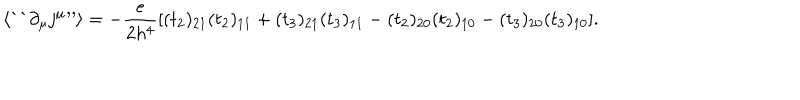
\langle \mathrm { ` ` } \partial _ { \mu } j ^ { \mu } \mathrm { ' ^ { \prime } } \rangle = - { \frac { e } { 2 h ^ { 4 } } } [ ( t _ { 2 } ) _ { 2 1 } ( t _ { 2 } ) _ { 1 1 } + ( t _ { 3 } ) _ { 2 1 } ( t _ { 3 } ) _ { 1 1 } - ( t _ { 2 } ) _ { 2 0 } ( t _ { 2 } ) _ { 1 0 } - ( t _ { 3 } ) _ { 2 0 } ( t _ { 3 } ) _ { 1 0 } ] .